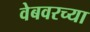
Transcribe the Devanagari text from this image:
वेबवरच्या